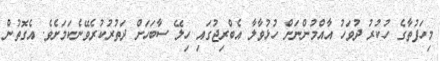
މިހަފުތާގެ ހުކުރު ދުވަހު އާއްމުންނަށް ހުޅުވާލާ އެބްރިޖުގައި ހިލޭ ސާބަހަށް ދަތުރުކުރެވޭނެކަމަށެވެ. އެގޮތުން